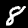
Digit: 8